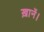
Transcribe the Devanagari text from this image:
ख़ानें।